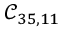
\mathcal { C } _ { 3 5 , 1 1 }